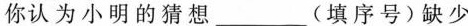
你认为小明的猜想___(填序号)缺少